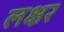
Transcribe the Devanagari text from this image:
लक्षर